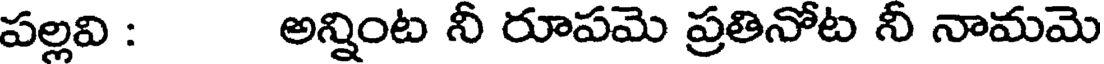
పల్లవి : అన్నింట నీ రూపమె ప్రతినోట నీ నామమె